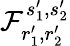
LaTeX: \mathcal{F}_{r_{1}^{\prime},r_{2}^{\prime}}^{s_{1}^{\prime},s_{2}^{\prime}}